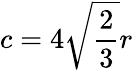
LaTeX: c=4{\sqrt{\frac{2}{3}}}r